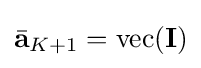
{\bar {\bf {a}}}_{K+1}=\operatorname {vec} ({\bf {I}})